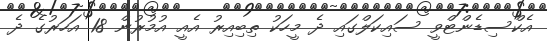
އެކްސިޑެންޓްވީ ސައިކަލްގައި ދެ މީހަކު ތިބިއިރު އެއީ އުމުރުން 18 އަހަރުގެ ދެ